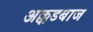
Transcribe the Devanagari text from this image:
अक्कडबाज